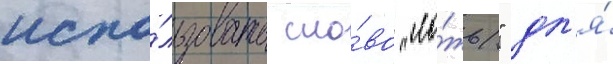
испо́льзовать сло́во "ло́жь" дл'я́